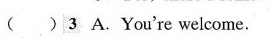
( )3 A.You're welcome.